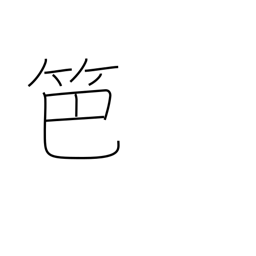
Meaning: bamboo fence